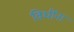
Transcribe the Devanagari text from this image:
विधींना